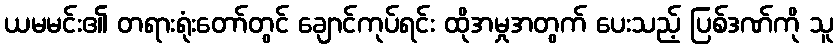
ယမမင်း၏ တရားရုံးတော်တွင် ချောင်ကုပ်ရင်း ထိုအမှုအတွက် ပေးသည့် ပြစ်ဒဏ်ကို သူ